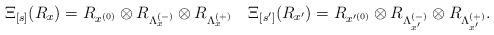
LaTeX: \begin{align*}\Xi_{[s]}(R_x)=R_{x^{(0)}}\otimes R_{\Lambda_x^{(-)}}\otimes R_{\Lambda_x^{(+)}}\quad\Xi_{[s']}(R_{x'})=R_{x'^{(0)}}\otimes R_{\Lambda_{x'}^{(-)}}\otimes R_{\Lambda_{x'}^{(+)}}.\end{align*}